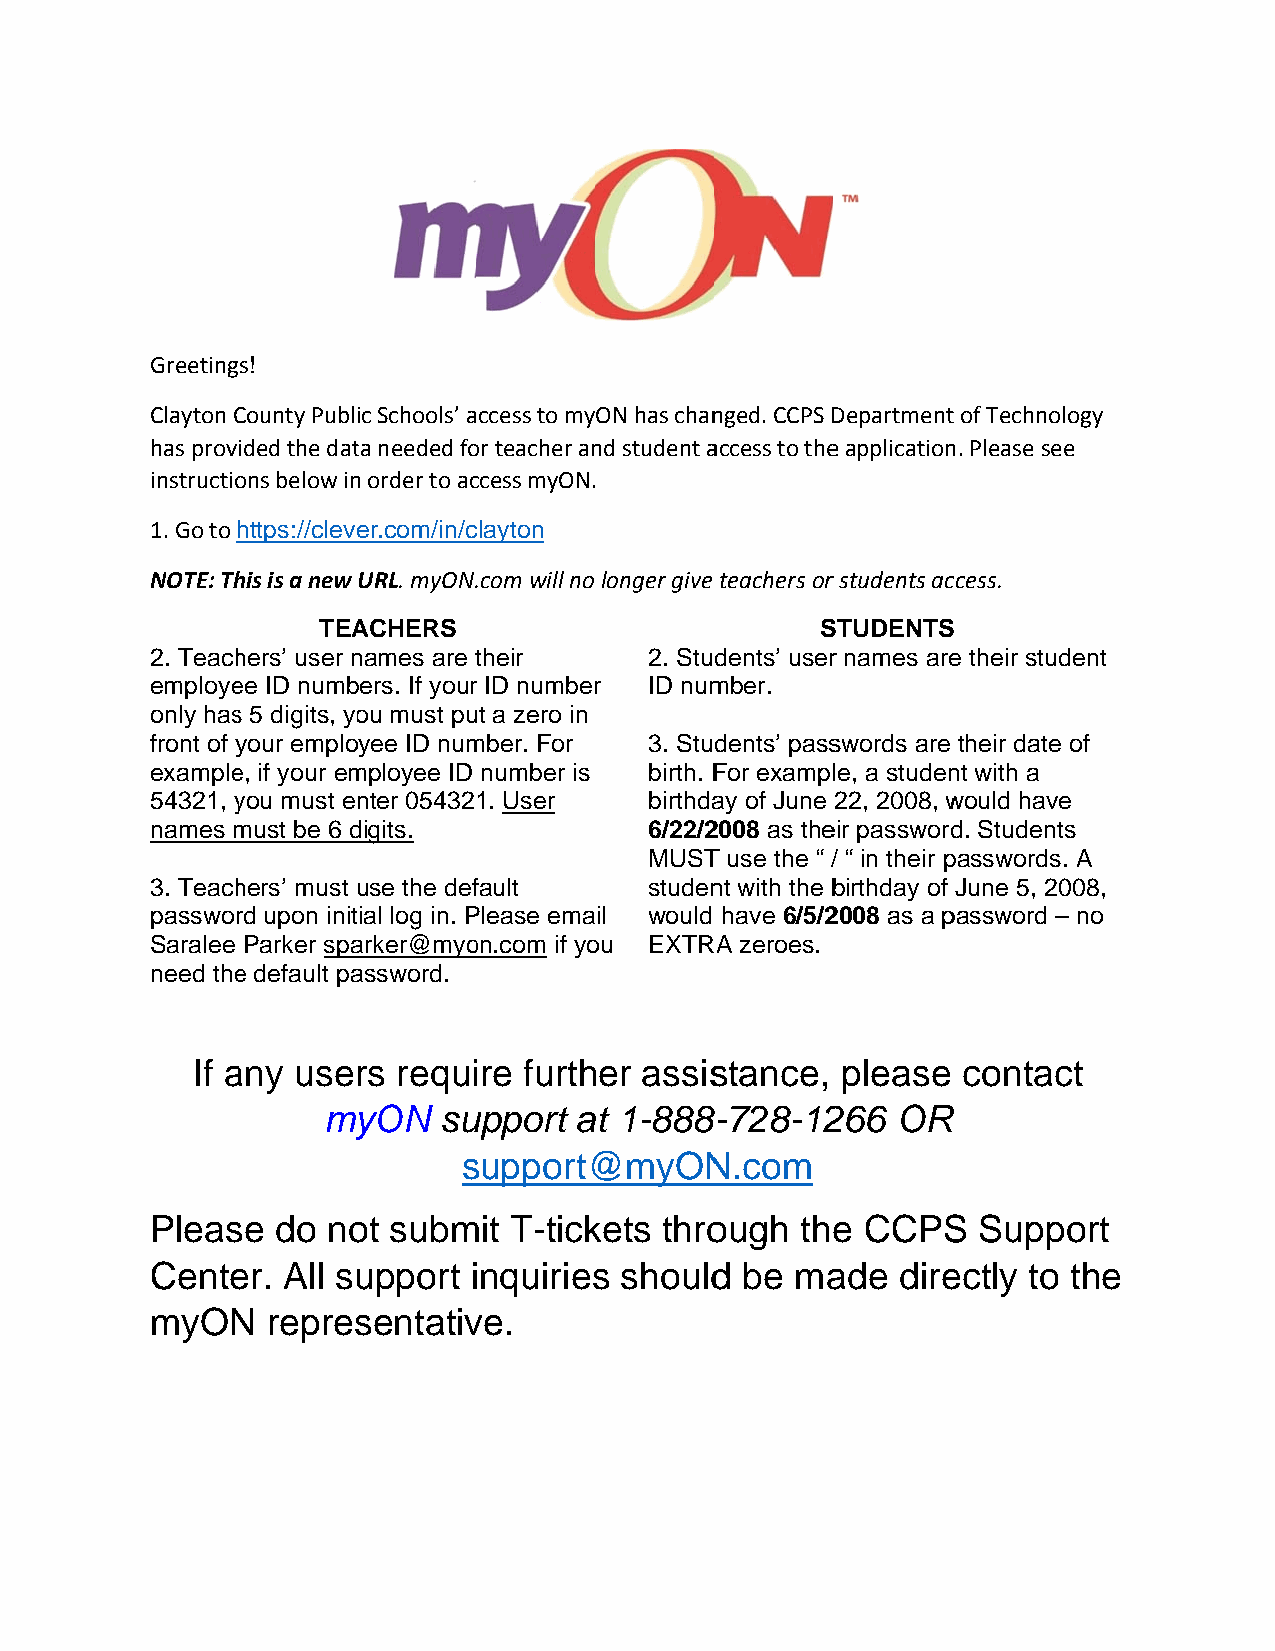
Greetings!
 Clayton CCounty Publiic Schools’ access to myON has channged. CCPS DDepartmentt of Technoloogy
 has provided the datta needed foor teacher annd student aaccess to thee applicationn. Please seee
 instructioons below inn order to acccess myON.
 1. Go to https://cleveer.com/in/cclayton
 NOTE: Thhis is a new URL. myON..com will no longer give teachers orr students acccess.
 TEAACHERS                        SSTUDENTSS
 2. Teachhers’ user nnames are ttheir 2. Studdents’ userr names aree their student
 employeee ID numbbers. If yourr ID numberr ID nummber.
 only hass 5 digits, yoou must puut a zero in
 front of yyour employee ID nummber. For 3. Studdents’ passswords are their date oof
 examplee, if your emmployee ID number is birth. FFor examplle, a studennt with a
 54321, yyou must enter 054321. User birthdaay of June 22, 2008, wwould have
 names mmust be 6 ddigits.        6/22/22008 as theeir passwordd. Studentss
 MUSTT use the “ // “ in their ppasswords. A
 3. Teachhers’ must uuse the deffault studennt with the bbirthday of June 5, 2008,
 passworrd upon inittial log in. PPlease email would have 6/5/22008 as a ppassword – no
 Saralee Parker spaarker@myoon.com if yoou EXTRRA zeroes.
 need thee default paassword.
 If aany users requiire furthher assisstance, please contacct
 myyON   suupport at 1-888--728-12266  OR
 ssupport@@myONN.com
 Pleasse do  noot submmit T-tickkets throough thee CCPSS Suppoort
 Centeer. All suupport inquiriess shouldd be maade direectly to tthe
 myONN   repressentativve.